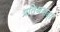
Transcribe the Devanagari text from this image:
प्रतिश्रयात्।